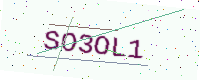
Text: SO3OL1